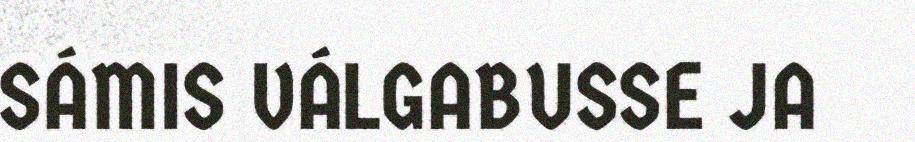
SÁMIS VÁLGABUSSE JA